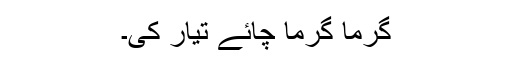
گرما گرما چائے تیار کی۔